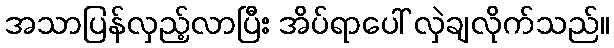
အသာပြန်လှည့်လာပြီး အိပ်ရာပေါ် လှဲချလိုက်သည်။